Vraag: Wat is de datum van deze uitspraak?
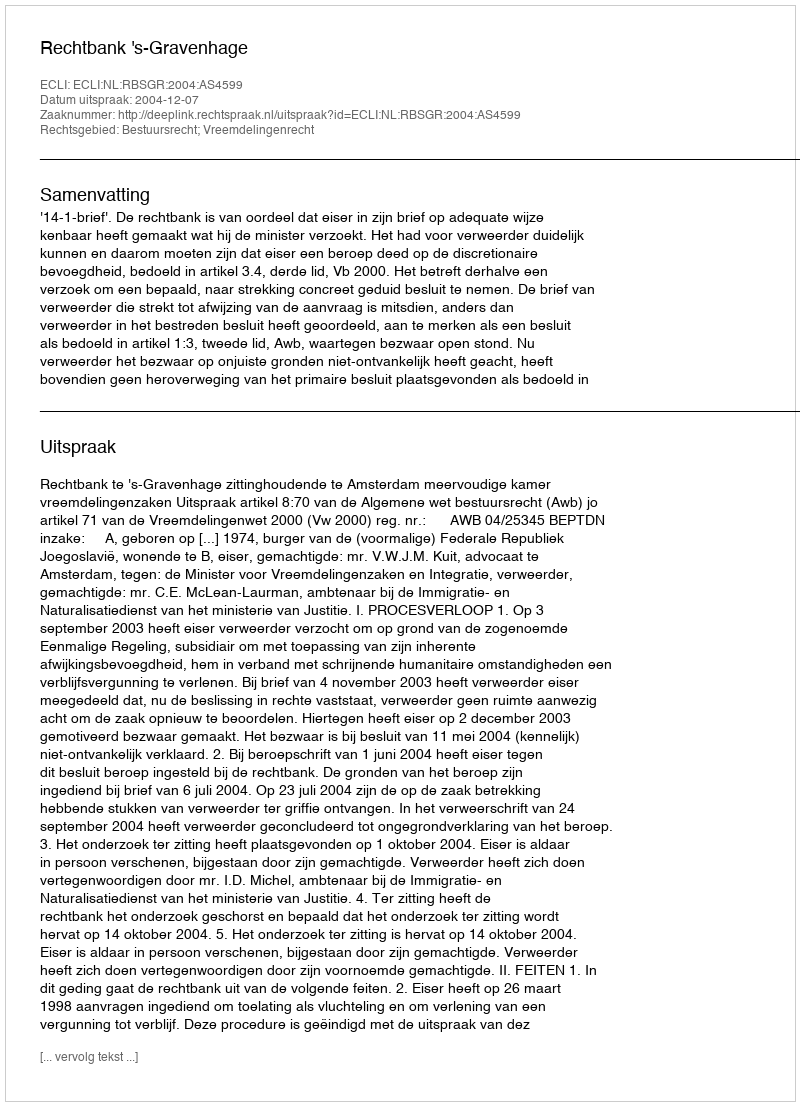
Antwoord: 2004-12-07